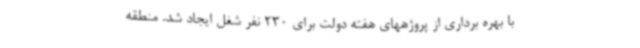
با بهره برداری از پروژههای هفته دولت برای 230 نفر شغل ایجاد شد. منطقه